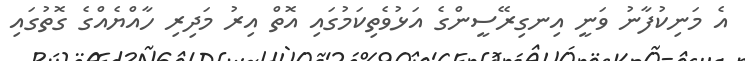
އެ މަނިކުފާނު ވަނީ އިނގިރޭސީންގެ އަޅުވެތިކަމުގައި އޮތް އިރު މަދިރި ހާއްޔެއްގެ ގޮތުގައި